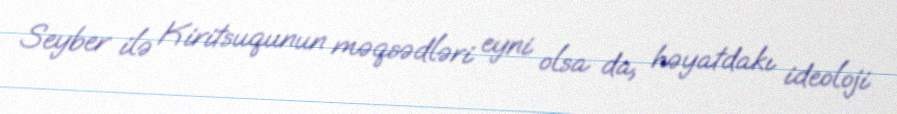
Seyber ilə Kiritsuqunun məqsədləri eyni olsa da, həyatdakı ideoloji